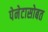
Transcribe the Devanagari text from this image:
पेनेटासोबत